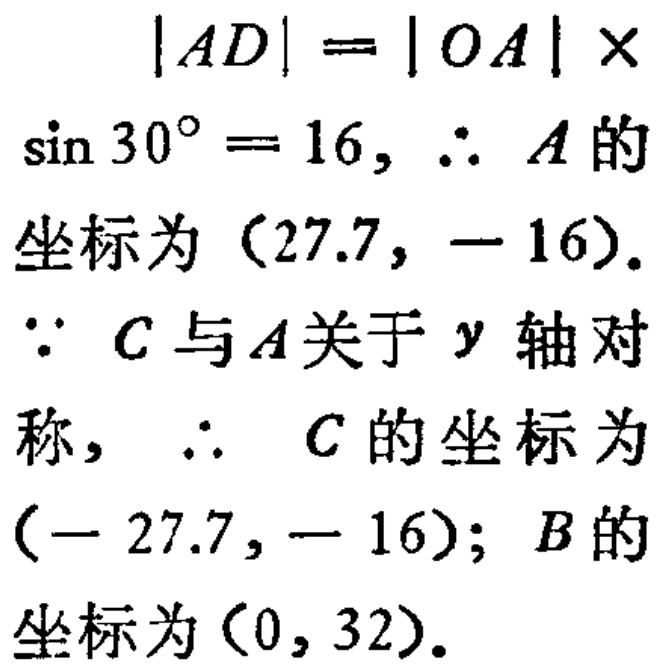
\[
\begin{align*}
|AD|&=|OA|\times\sin 30^{\circ}=16, \therefore A\text{ 的坐标为 }(27.7, - 16).\\
\because C\text{ 与 }A\text{ 关于 }y\text{ 轴对称}, \therefore C\text{ 的坐标为 }(- 27.7, - 16); B\text{ 的坐标为 }(0, 32).
\end{align*}
\]